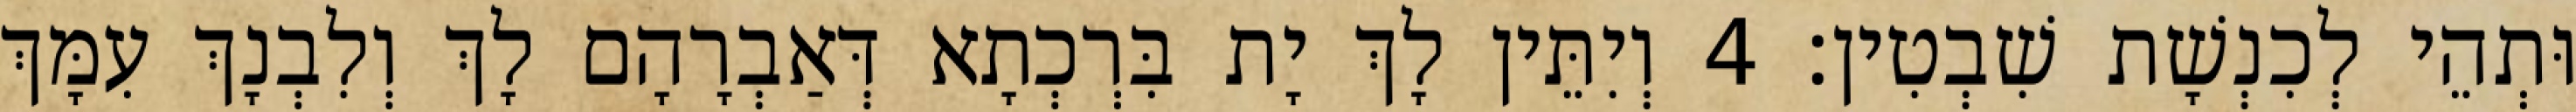
וּתְהֵי לְכִנְשָׁת שִׁבְטִין׃ 4 וְיִתֵּין לָךְ יָת בִּרְכְתָא דְּאַבְרָהָם לָךְ וְלִבְנָךְ עִמָּךְ